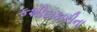
કશીદાકારીના